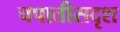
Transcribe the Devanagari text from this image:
चपातीसदृश